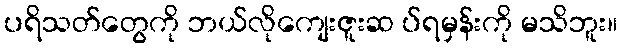
ပရိသတ်တွေကို ဘယ်လိုကျေးဇူးဆ ပ်ရမှန်းကို မသိဘူး။